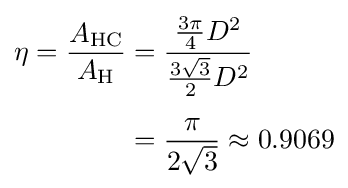
{\begin{aligned}\eta ={\frac {A_{\mathrm {HC} }}{A_{\mathrm {H} }}}&={\frac {{\frac {3\pi }{4}}D^{2}}{{\frac {3{\sqrt {3}}}{2}}D^{2}}}\\[4pt]&={\frac {\pi }{2{\sqrt {3}}}}\approx 0.9069\end{aligned}}